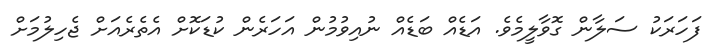
ފަހަރަކު ސަލާން ގޮވާލީމެވެ. އަޑެއް ބަޑެއް ނުއިވުމުން އަހަރެން ކުޑަކޮށް އެތެރެއަށް ޖެހިލުމަށް